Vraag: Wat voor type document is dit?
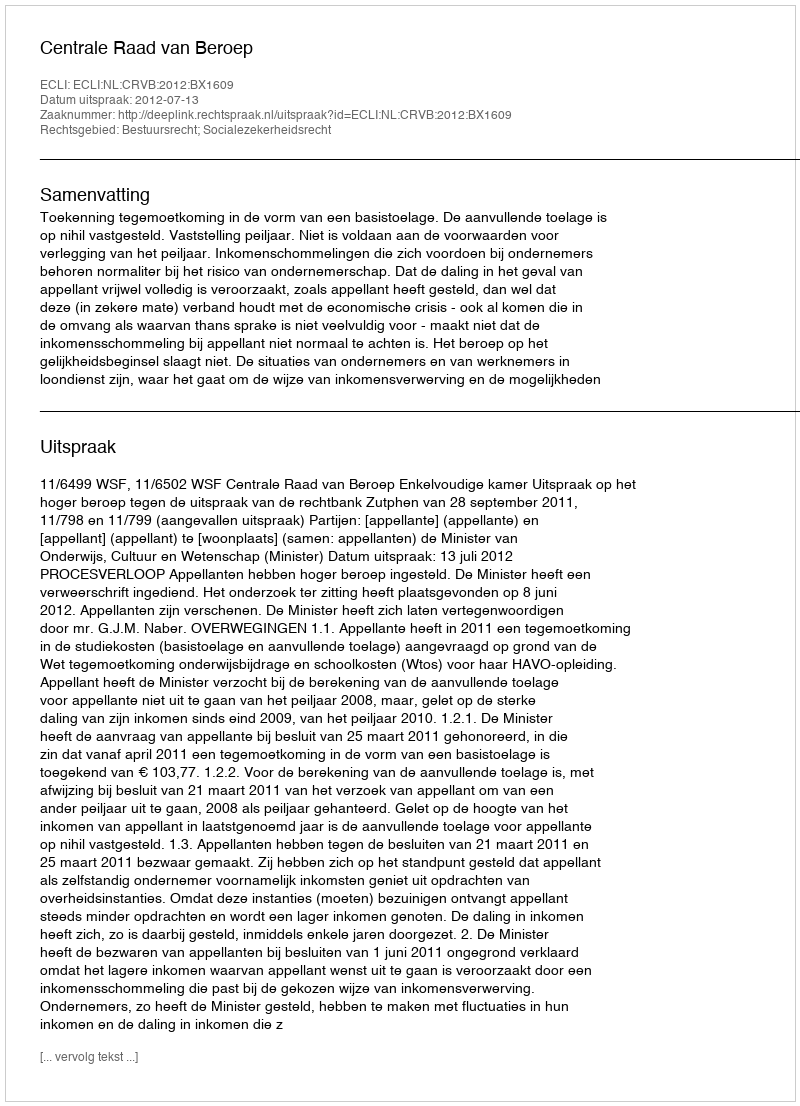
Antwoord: Uitspraak